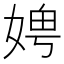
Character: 𪦁